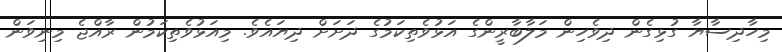
މިހާދިސާޔާ ގުޅިގެން ދިވެހިން މަލާބާރީންގެ އަޅުވެތިކަމުގެ ދަށަށް ދިޔައެވެ. މިއަޅުވެތިކަމުން ރާއްޖެ މިނިވަން